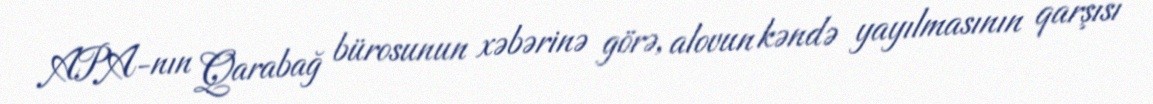
APA-nın Qarabağ bürosunun xəbərinə görə, alovun kəndə yayılmasının qarşısı